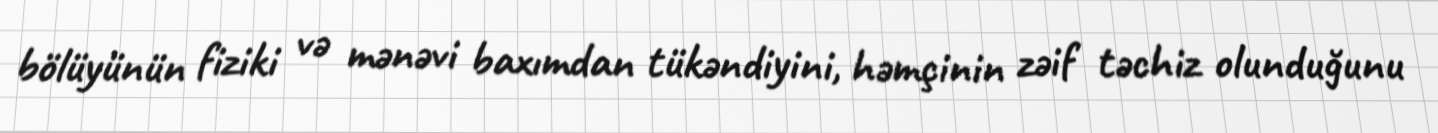
bölüyünün fiziki və mənəvi baxımdan tükəndiyini, həmçinin zəif təchiz olunduğunu